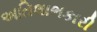
અતિલાભકારી